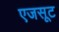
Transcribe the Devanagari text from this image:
एजसूट